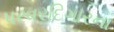
પરવરદિગારના